Senior Leaving Certificate Examination (including Day School Certificate (Higher) General paper), 1948
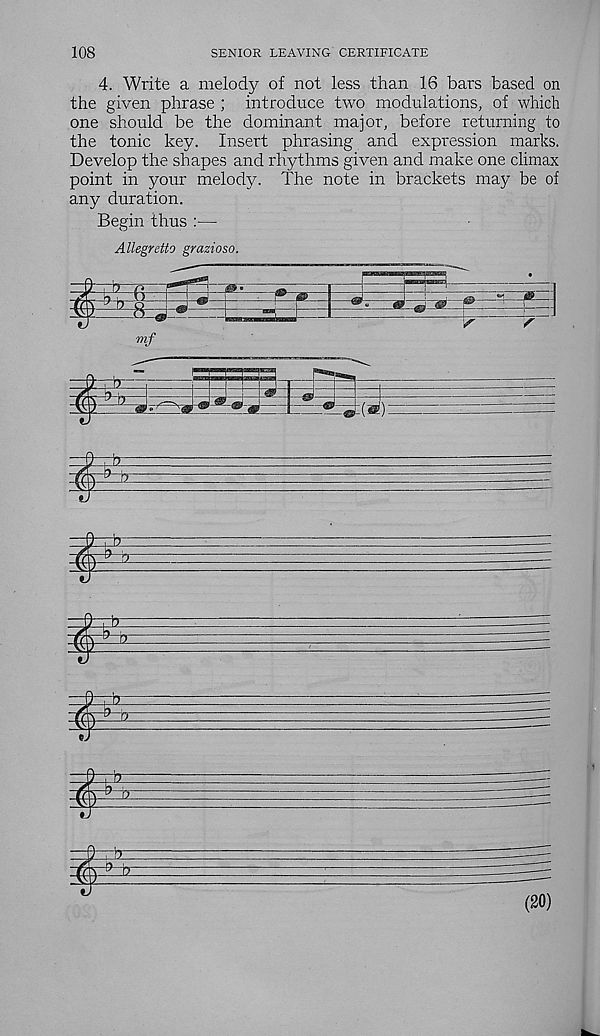
108
SENIOR LEAVING CERTIFICATE
4. Write a melody of not less than 16 bars based on
the given phrase ; introduce two modulations, of which
one should be the dominant major, before returning to
the tonic key. Insert phrasing and expression marks.
Develop the shapes and rhythms given and make one climax
point in your melody. The note in brackets may be of
any duration.
Begin thus :—
Allegretto grazioso.
&
(®0:
i
Sr
I
-hr
(20)